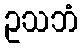
ဥသဘံ